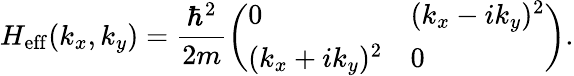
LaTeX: H_{\mathrm{eff}}(k_{x},k_{y})=\frac{\hbar^{2}}{2m}\left(\begin{array}{ll}{0}&{(k_{x}-ik_{y})^{2}}\\ {(k_{x}+ik_{y})^{2}}&{0}\end{array}\right).